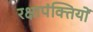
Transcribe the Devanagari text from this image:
रक्षापंक्तियों